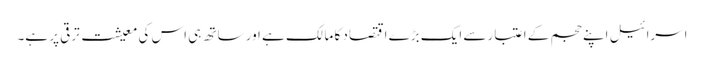
اسرائیل اپنے حجم کے اعتبار سے ایک بڑے اقتصاد کا مالک ہے اور ساتھ ہی اس کی معیشت ترقی پر ہے۔